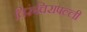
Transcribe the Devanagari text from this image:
तिरुंचिरापल्ली